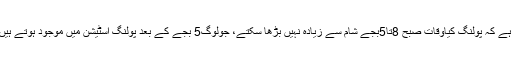
الیکشن کمیشن کا کہنا ہے کہ پولنگ کیاوقات صبح 8تا5بجے شام سے زیادہ نہیں بڑھا سکتے، جولوگ5 بجے کے بعد پولنگ اسٹیشن میں موجود ہوتے ہیں ووٹ ڈالناانکاحق ہے۔